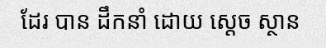
ដែរ បាន ដឹកនាំ ដោយ ស្តេច ស្ថាន